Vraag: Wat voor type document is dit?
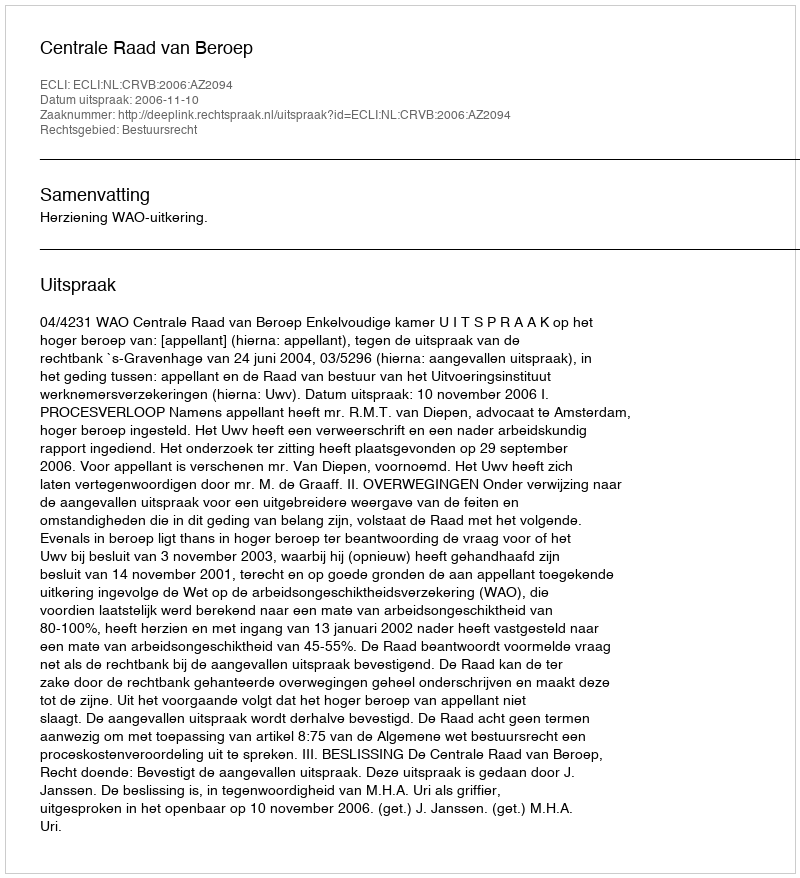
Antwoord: Uitspraak